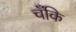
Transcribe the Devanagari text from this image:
चँकि